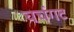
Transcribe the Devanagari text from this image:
चर्चगट